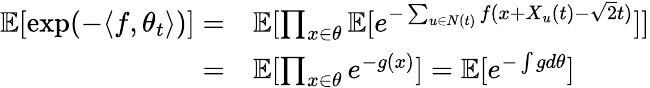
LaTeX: \begin{array}{rl}{\mathbb{E}[\exp(-\langle f,\theta_{t}\rangle)]=}&{\mathbb{E}[\prod_{x\in\theta}\mathbb{E}[e^{-\sum_{u\in N(t)}f(x+X_{u}(t)-\sqrt{2}t)}]]}\\ {=}&{\mathbb{E}[\prod_{x\in\theta}e^{-g(x)}]=\mathbb{E}[e^{-\int gd\theta}]}\end{array}